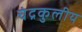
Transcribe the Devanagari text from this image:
चंद्रकुलीय